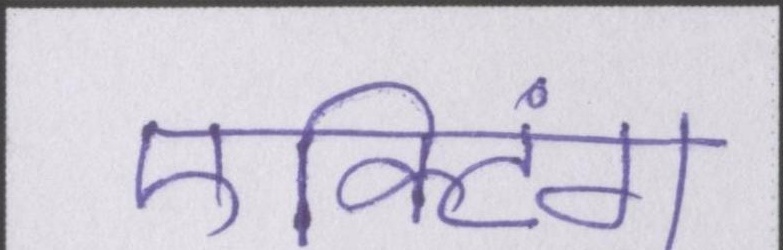
एक्टिंग